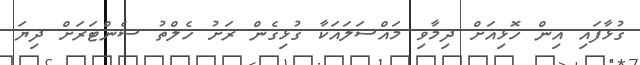
ގުޅާފައި އިން ހޮޅިއަށް ދިމާވި މައްސަލައަކާ ގުޅިގެން ރަށު ހެލްތު ސެންޓަރަށް ދިޔަ